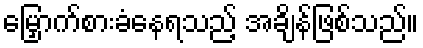
မြှောက်စားခံနေရသည့် အချိန်ဖြစ်သည်။